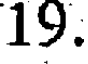
19.